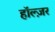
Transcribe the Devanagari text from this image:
हॉल्ज़र